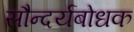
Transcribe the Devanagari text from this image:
सौन्दर्यबोधक